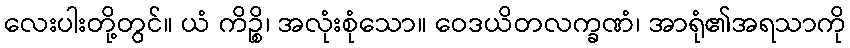
လေးပါးတို့တွင်။ ယံ ကိဉ္စိ၊ အလုံးစုံသော။ ဝေဒယိတလက္ခဏံ၊ အာရုံ၏အရသာကို